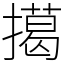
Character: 擖